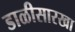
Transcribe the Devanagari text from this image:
डाळीसारखा